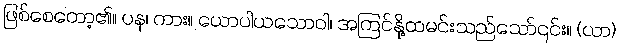
ဖြစ်စေတော့၏။ ပန၊ ကား။ ယောပါယသောဝါ၊ အကြင်နို့ထမင်းသည်သော်၎င်း။ (ယာ)